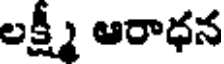
లక్ష్మీ ఆరాధన